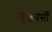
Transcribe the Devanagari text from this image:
मुक्तबर्सी